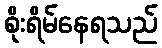
စိုးရိမ်နေရသည်